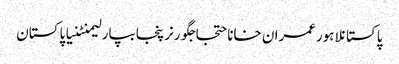
پاکستانلاہورعمران خاناحتجاجگورنرپنجابپارلیمنٹنیا پاکستان